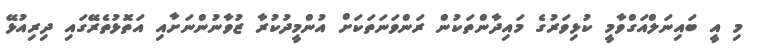
މި އީ ބައިނަލްއަގްވާމީ ކުޅިވަރުގެ މައިދާންތަކުން ރަންވަނަތަކަށް އުންމީދުކުރާ ޒުވާނުންނަށާއި އަތޮޅުތެރޭގައި ދިރިއުޅޭ